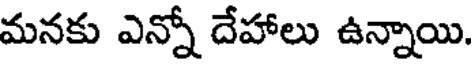
మనకు ఎన్నో దేహాలు ఉన్నాయి.